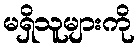
မရှိသူများကို